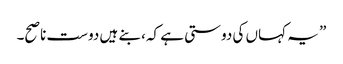
” یہ کہاں کی دوستی ہے کہ، بنے ہیں دوست ناصح۔